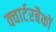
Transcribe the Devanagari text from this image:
क्वार्टरबैकों